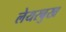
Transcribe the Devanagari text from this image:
लेयरबुख